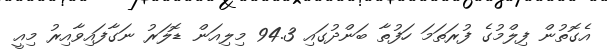
އެގޮތުން ފިލްމުގެ ފުރަތަމަ ހަފުތާ ބަންދުގައި 94.3 މިލިއަން ޑޮލަރު ނަގާފައިވާއިރު މިއީ